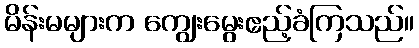
မိန်းမများက ကျွေးမွေးဧည့်ခံကြသည်။